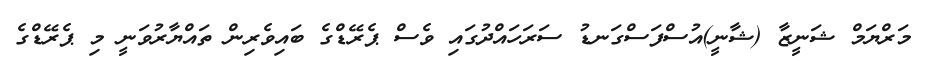
މަރްޔަމް ޝަނީޒާ (ޝާނީ)އުސްފަސްގަނޑު ސަރަހައްދުގައި ވެސް ޕެރޭޑްގެ ބައިވެރިން ތައްޔާރުވަނީ މި ޕެރޭޑްގެ